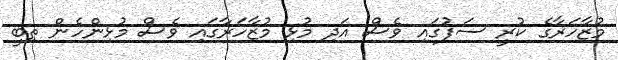
މުޒާހަރާގެ ކުރީ ސަފުގައި ވެސް އަދި މުޅި މުޒާހަރާގައި ވެސް މުޅިންހެން ތިބީ